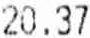
20.37